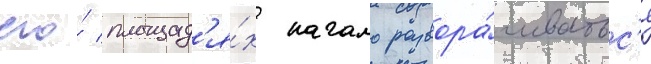
его́ площад'я́х начало развора́чиватьс'я